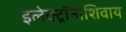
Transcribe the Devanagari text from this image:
इलेक्ट्रॉनाशिवाय